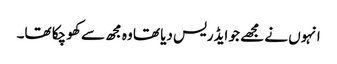
انہوں نے مجھے جو ایڈریس دیا تھا وہ مجھ سے کھو چکا تھا۔